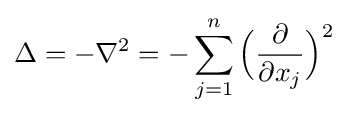
\Delta =-\nabla ^{2}=-\sum _{j=1}^{n}{\Big (}{\frac {\partial }{\partial x_{j}}}{\Big )}^{2}